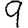
Digit: 9